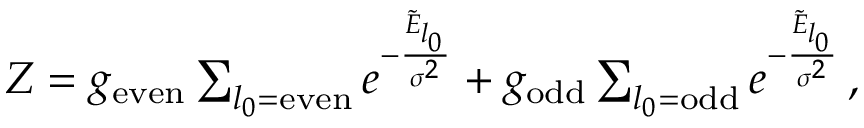
\begin{array} { r } { Z = g _ { \mathrm { e v e n } } \sum _ { l _ { 0 } = \mathrm { e v e n } } e ^ { - \frac { \tilde { E } _ { l _ { 0 } } } { \sigma ^ { 2 } } } + g _ { \mathrm { o d d } } \sum _ { l _ { 0 } = \mathrm { o d d } } e ^ { - \frac { \tilde { E } _ { l _ { 0 } } } { \sigma ^ { 2 } } } \, , } \end{array}